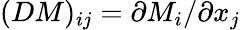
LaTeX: (DM)_{ij}=\partial M_{i}/\partial x_{j}